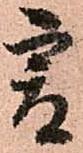
爰